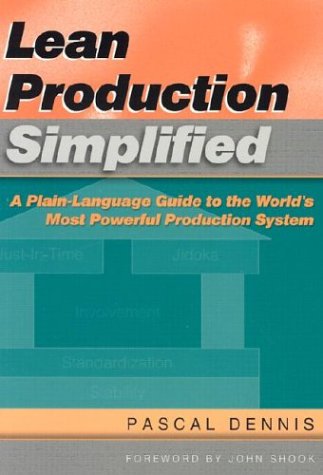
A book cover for Lean Production Simplified: A Plain-Language Guide to the World's Most Powerful Production System; Pascal Dennis; Business & Money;